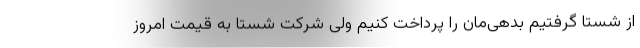
از شستا گرفتیم بدهی‌مان را پرداخت کنیم ولی شرکت شستا به قیمت امروز